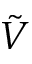
\tilde { V }